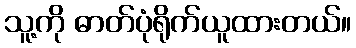
သူ့ကို ဓာတ်ပုံရိုက်ယူထားတယ်။